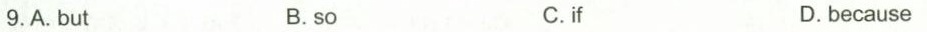
9.A. But B.so C.if D.because